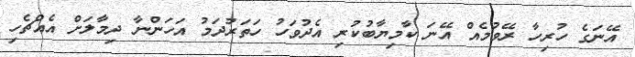
އޭނަގެ ހުރިހާ ރޭވުމެއް އޭނަ ކާމިޔާބުކުރި އެދުވަހު ހަތަރުދަމު އަހަންނާ ދިމާލަށް އެއްޗެހި